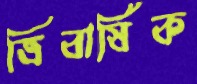
ত্রিবার্ষিক